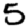
Digit: 5